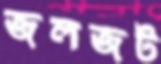
জলজট